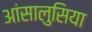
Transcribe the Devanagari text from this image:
आंसालुसिया